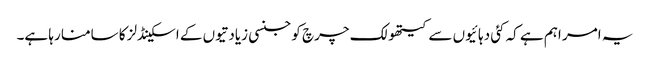
یہ امر اہم ہے کہ کئی دہائیوں سے کیتھولک چرچ کو جنسی زیادتیوں کے اسکینڈلز کا سامنا رہا ہے۔